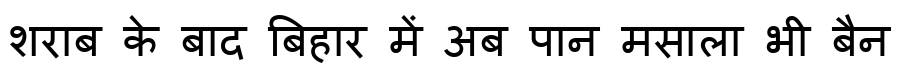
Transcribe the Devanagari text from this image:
शराब के बाद बिहार में अब पान मसाला भी बैन